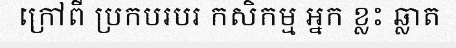
ក្រៅពី ប្រកបរបរ កសិកម្ម អ្នក ខ្លះ ឆ្លាត